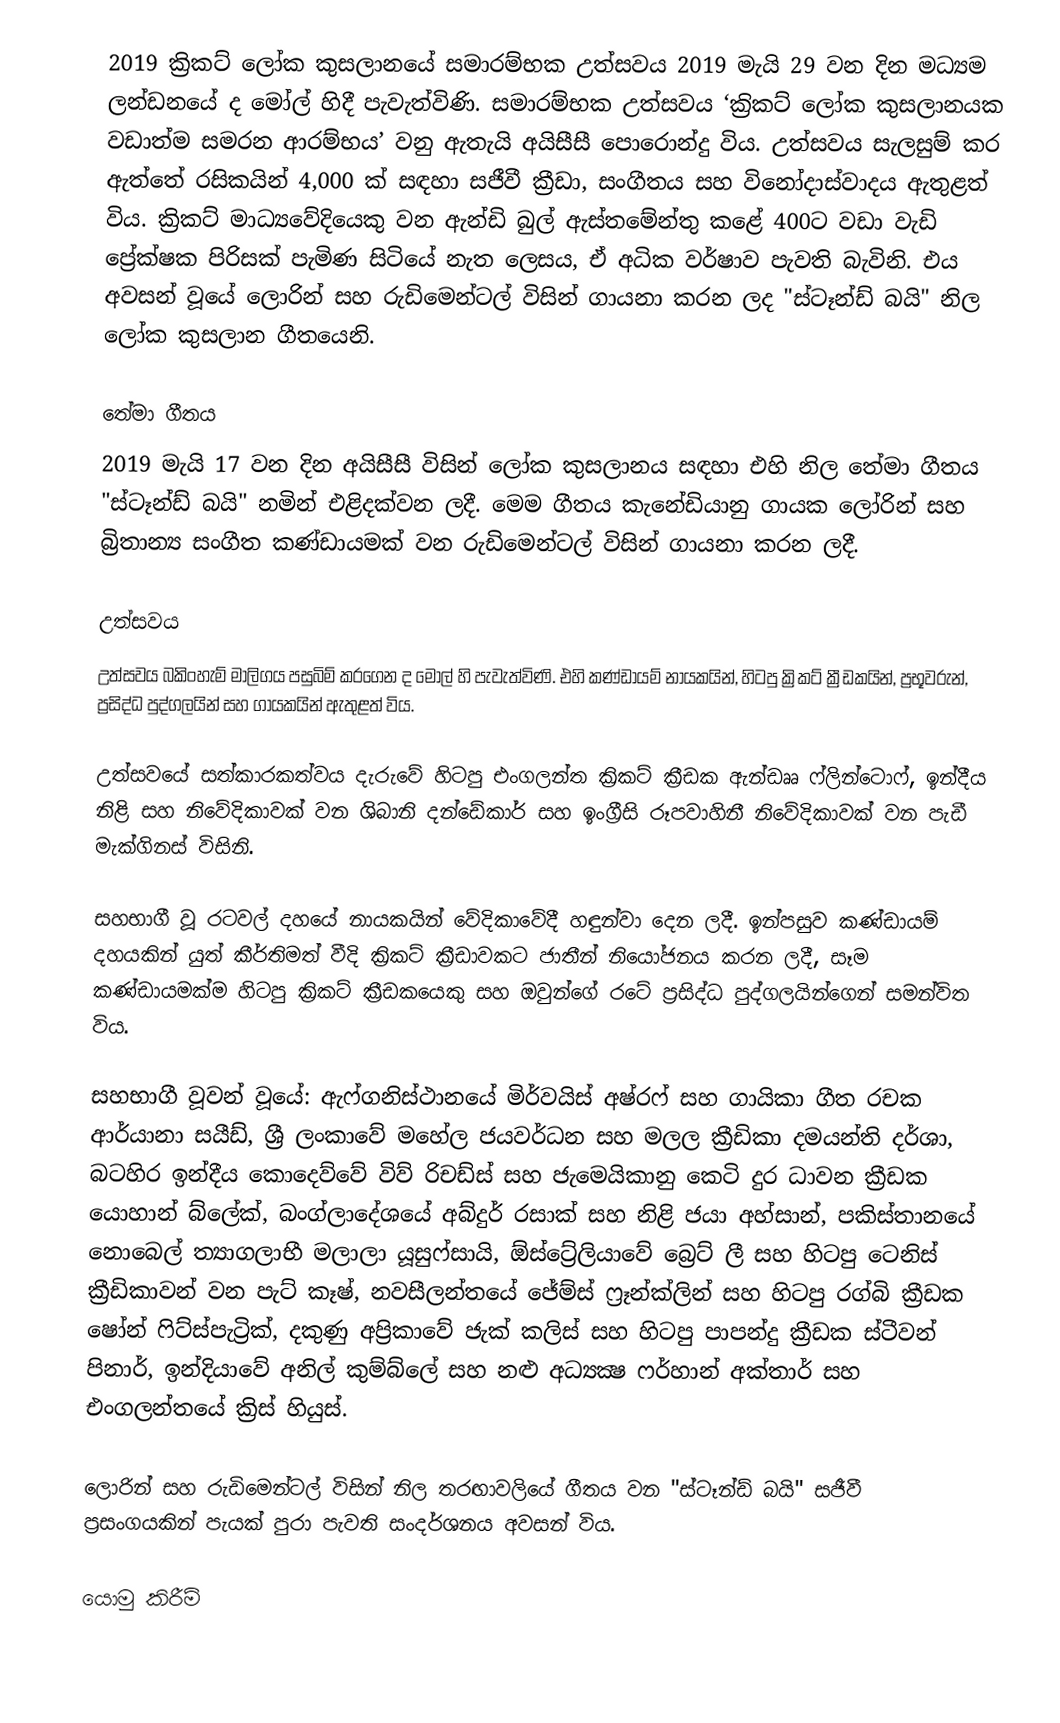
2019 ක්‍රිකට් ලෝක කුසලානයේ සමාරම්භක උත්සවය 2019 මැයි 29 වන දින මධ්‍යම ලන්ඩනයේ ද මෝල් හිදී පැවැත්විණි. සමාරම්භක උත්සවය ‘ක‍්‍රිකට් ලෝක කුසලානයක වඩාත්ම සමරන ආරම්භය’ වනු ඇතැයි අයිසීසී පොරොන්දු විය. උත්සවය සැලසුම් කර ඇත්තේ රසිකයින් 4,000 ක් සඳහා සජීවී ක්‍රීඩා, සංගීතය සහ විනෝදාස්වාදය ඇතුළත් විය. ක්‍රිකට් මාධ්‍යවේදියෙකු වන ඇන්ඩි බුල් ඇස්තමේන්තු කළේ 400ට වඩා වැඩි ප්‍රේක්ෂක පිරිසක් පැමිණ සිටියේ නැත ලෙසය, ඒ අධික වර්ෂාව පැවති බැවිනි. එය අවසන් වූයේ ලොරින් සහ රුඩිමෙන්ටල් විසින් ගායනා කරන ලද "ස්ටෑන්ඩ් බයි" නිල ලෝක කුසලාන ගීතයෙනි.

තේමා ගීතය
2019 මැයි 17 වන දින අයිසීසී විසින් ලෝක කුසලානය සඳහා එහි නිල තේමා ගීතය "ස්ටෑන්ඩ් බයි" නමින් එළිදක්වන ලදී. මෙම ගීතය කැනේඩියානු ගායක ලෝරින් සහ බ්‍රිතාන්‍ය සංගීත කණ්ඩායමක් වන රුඩිමෙන්ටල් විසින් ගායනා කරන ලදී.

උත්සවය
උත්සවය බකිංහැම් මාලිගය පසුබිම් කරගෙන ද මෝල් හි පැවැත්විණි. එහි කණ්ඩායම් නායකයින්, හිටපු ක්‍රිකට් ක්‍රීඩකයින්, ප්‍රභූවරුන්, ප්‍රසිද්ධ පුද්ගලයින් සහ ගායකයින් ඇතුළත් විය.

උත්සවයේ සත්කාරකත්වය දැරුවේ හිටපු එංගලන්ත ක්‍රිකට් ක්‍රීඩක ඇන්ඩෲ ෆ්ලින්ටොෆ්, ඉන්දීය නිළි සහ නිවේදිකාවක් වන ශිබානි දන්ඩේකාර් සහ ඉංග්‍රීසි රූපවාහිනී නිවේදිකාවක් වන පැඩී මැක්ගිනස් විසිනි.

සහභාගී වූ රටවල් දහයේ නායකයින් වේදිකාවේදී හඳුන්වා දෙන ලදී. ඉන්පසුව කණ්ඩායම් දහයකින් යුත් කීර්තිමත් වීදි ක්‍රිකට් ක්‍රීඩාවකට ජාතීන් නියෝජනය කරන ලදී, සෑම කණ්ඩායමක්ම හිටපු ක්‍රිකට් ක්‍රීඩකයෙකු සහ ඔවුන්ගේ රටේ ප්‍රසිද්ධ පුද්ගලයින්ගෙන් සමන්විත විය.

සහභාගී වූවන් වූයේ: ඇෆ්ගනිස්ථානයේ මිර්වයිස් අෂ්රෆ් සහ ගායිකා ගීත රචක ආර්යානා සයීඩ්, ශ්‍රී ලංකාවේ මහේල ජයවර්ධන සහ මලල ක්‍රීඩිකා දමයන්ති දර්ශා, බටහිර ඉන්දීය කොදෙව්වේ විව් රිචඩ්ස් සහ ජැමෙයිකානු කෙටි දුර ධාවන ක්‍රීඩක යොහාන් බ්ලේක්, බංග්ලාදේශයේ අබ්දුර් රසාක් සහ නිළි ජයා අහ්සාන්, පකිස්තානයේ නොබෙල් ත්‍යාගලාභී මලාලා යූසුෆ්සායි, ඕස්ට්‍රේලියාවේ බ්‍රෙට් ලී සහ හිටපු ටෙනිස් ක්‍රීඩිකාවන් වන පැට් කෑෂ්, නවසීලන්තයේ ජේම්ස් ෆ්‍රෑන්ක්ලින් සහ හිටපු රග්බි ක්‍රීඩක ෂෝන් ෆිට්ස්පැට්‍රික්, දකුණු අප්‍රිකාවේ ජැක් කලිස් සහ හිටපු පාපන්දු ක්‍රීඩක ස්ටීවන් පිනාර්, ඉන්දියාවේ අනිල් කුම්බ්ලේ සහ නළු අධ්‍යක්‍ෂ ෆර්හාන් අක්තාර් සහ එංගලන්තයේ ක්‍රිස් හියුස්.

ලොරින් සහ රුඩිමෙන්ටල් විසින් නිල තරඟාවලියේ ගීතය වන "ස්ටෑන්ඩ් බයි" සජීවී ප්‍රසංගයකින් පැයක් පුරා පැවති සංදර්ශනය අවසන් විය.

යොමු කිරීම්